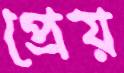
প্রেয়